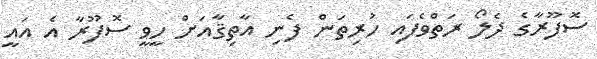
ސޮފޫރާގެ ދެލޯ ރަތްވެފައި ހުރިތަން ފެނި އާތިޤާއަށް ހީވީ ސޮފޫރާ އެ އައީ